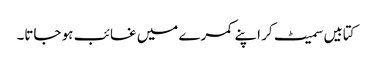
کتابیں سمیٹ کر اپنے کمرے میں غائب ہو جاتا۔